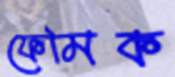
ফেমিক